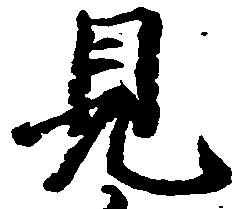
見